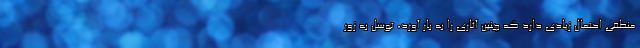
منطقی احتمال زیادی دارد که چنین آثاری را به بار آورد، توسل به زور